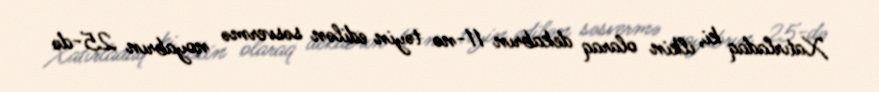
Xatırladaq ki, ilkin olaraq dekabrın 11-nə təyin edilən səsvermə noyabrın 25-də